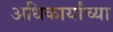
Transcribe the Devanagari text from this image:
अधिकार्यांच्या